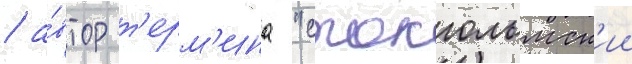
/ а́втор т'ерм'ина "стокгольмск'ии